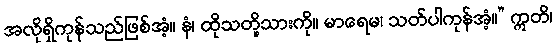
အလိုရှိကုန်သည်ဖြစ်အံ့။ နံ၊ ထိုသတို့သားကို။ မာရေမ၊ သတ်ပါကုန်အံ့။” ဣတိ၊